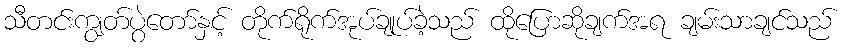
သီတင်းကျွတ်ပွဲတော်နှင့် တိုက်ရိုက်အုပ်ချုပ်ခဲ့သည် ထိုပြောဆိုချက်အရ ချမ်းသာချင်သည်